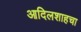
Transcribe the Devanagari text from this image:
आदिलशाहचा